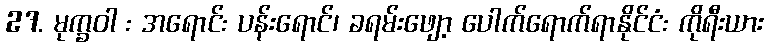
27. မုက္ခဝါ : အရောင်: ပန်းရောင်၊ ခရမ်းဖျော့ ပေါက်ရောက်ရာနိုင်ငံ: ကိုရီးယား